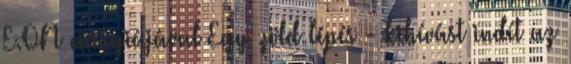
E.ON energiájával Egy zöld lépés - kihívást indít az